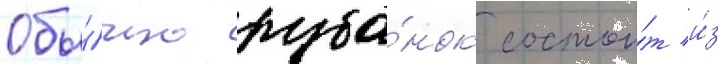
Обы́чно руба́нок состои́т и́з